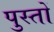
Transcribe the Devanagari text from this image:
पुस्तों